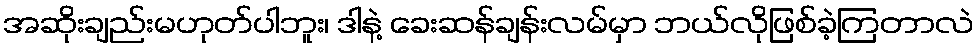
အဆိုးချည်းမဟုတ်ပါဘူး၊ ဒါနဲ့ ခေးဆန်ချန်းလမ်မှာ ဘယ်လိုဖြစ်ခဲ့ကြတာလဲ